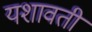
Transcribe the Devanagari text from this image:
यशावती